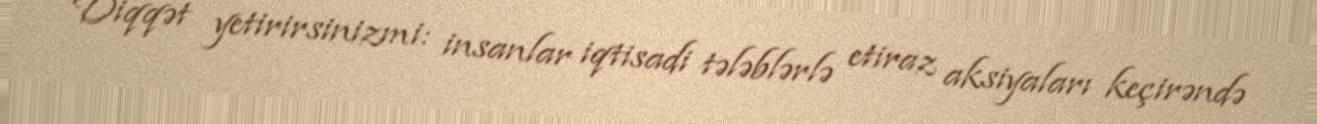
Diqqət yetirirsinizmi: insanlar iqtisadi tələblərlə etiraz aksiyaları keçirəndə